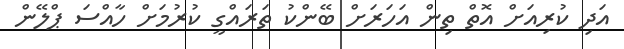
އަދި ކުރިއަށް އޮތް ތިން އަހަރަށް ބޭންކު ތަރައްގީ ކުރުމަށް ހާއްސަ ޕްލޭން